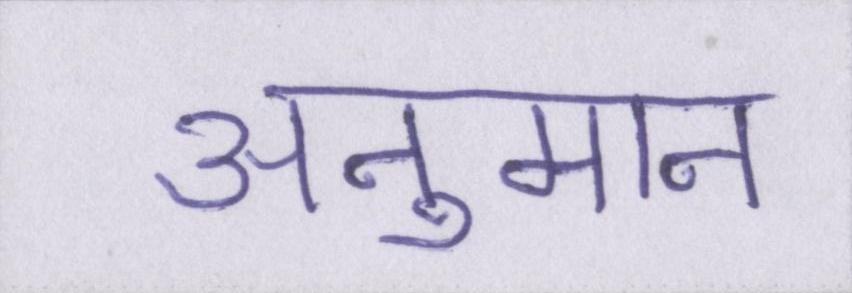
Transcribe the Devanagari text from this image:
अनुमान